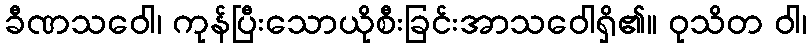
ခီဏသဝေါ၊ ကုန်ပြီးသောယိုစီးခြင်းအာသဝေါရှိ၏။ ဝုသိတ ဝါ၊